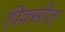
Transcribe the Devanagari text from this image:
पिक्सीज